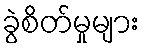
ခွဲစိတ်မှုများ